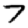
Digit: 7